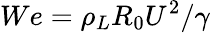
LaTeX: We={\rho_{L}}{R_{0}}{U^{2}}/\gamma